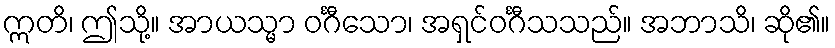
ဣတိ၊ ဤသို့။ အာယသ္မာ ဝင်္ဂီသော၊ အရှင်ဝင်္ဂီသသည်။ အဘာသိ၊ ဆို၏။